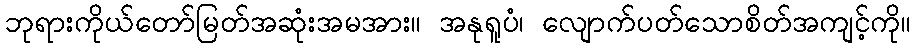
ဘုရားကိုယ်တော်မြတ်အဆုံးအမအား။ အနုရူပံ၊ လျောက်ပတ်သောစိတ်အကျင့်ကို။